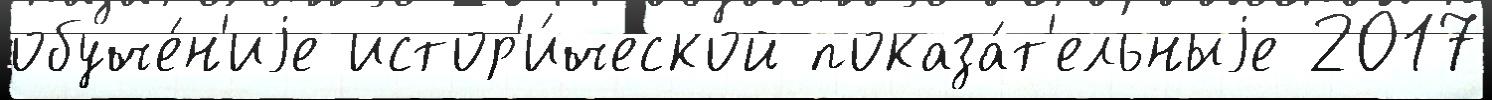
обуче́н'иjе истор'и́ческой показа́т'ельныjе 2017